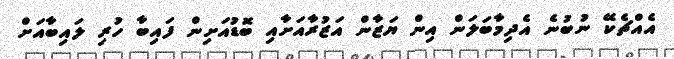
އެއްޗެކޭ ނުބުނެ އެދިމާބަލަން އިން ޔަޒާން އަޒުރާއަށާއި ބޮޑުއަށިން ފައިބާ ހުރި ލައިބާއަށް